system: You are a helpful assistant.
user:
Analyze the provided spectrum to determine if it is a **M-type Giant (gM)**.

A M-type Giant spectrum is defined by its **strong molecular absorption** features, particularly from **Titanium Oxide (TiO)**. You must check for one of the following mutually exclusive signatures:

- **Key Visual Indicators (Absorption-Dominated Spectrum):**

    - **(Primary):** The spectrum is dominated by strong molecular absorption from **Titanium Oxide (TiO)**. This is the **defining feature** of its M-type temperature class.
        - **(Key Bandheads):** Look for sharp, "saw-tooth" absorption valleys. The strongest are located near **~7050 Å**, **~6160 Å**, and **~5170 Å**.
        - **(Line Profile):** The "saw-tooth" morphology is critical: a **sharp, steep drop on the BLUE (short-wavelength) side** of the bandhead, followed by a gradual recovery (rising flux) towards the RED (long-wavelength) side.

    - **(Key Confirmation - Giant vs. Dwarf):** **ABSENCE** of strong **Calcium Hydride (CaH)** molecular bands. This is the primary diagnostic for *excluding* M-dwarfs.
        - **(Key Region):** The spectrum should lack the strong, broad absorption band seen in dwarfs between **~6800 Å and ~7000 Å**.

    - **(Secondary Confirmation - Giant):** A very strong and broad **Neutral Calcium (Ca I)** atomic absorption line.
        - **(Key Line):** Located at **~4226 Å**. In a giant (gM), this line is significantly deeper and broader than the same line in an M-dwarf (dM) due to low surface gravity.

    - **(Overall Spectrum):**
        - The continuum is **extremely red-sloping** (i.e., flux is very low in the blue and rises dramatically towards the red).
        - The entire spectrum appears "chopped up" by the deep TiO bands.

Think first, call **spectral_visualization_tool** if needed to examine features in detail, then provide your final answer. Your response must adhere to the following strict rules:
1.  **Overall Structure:** Your response must follow the format `<think>...</think> <tool_call>...</tool_call> (if a tool is used) <answer>...</answer>`.
2.  **Tool Usage Constraint:** You may only make **one** tool call per turn.
3.  **Final Answer Format:** In the `<answer>` tag, your conclusion must be inside a `\boxed{}` command (e.g., `\boxed{YES}` or `\boxed{NO}`), followed by your justification.

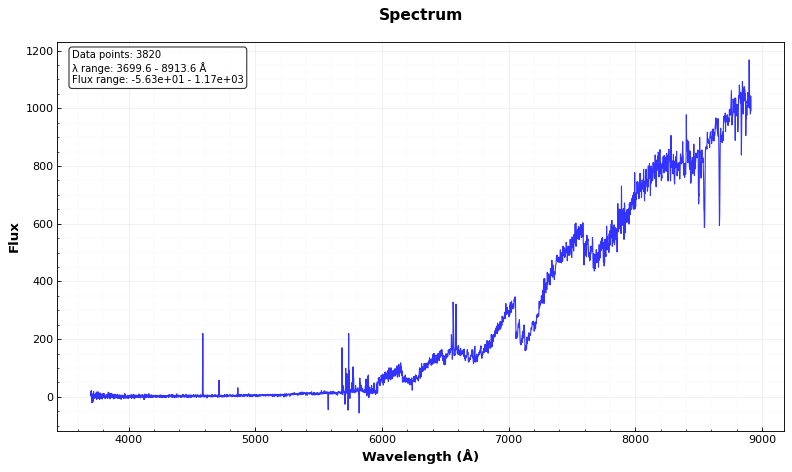
Answer: YES